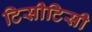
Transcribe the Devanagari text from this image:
टिसीटिसी